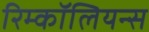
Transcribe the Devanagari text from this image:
रिम्कॉलियन्स